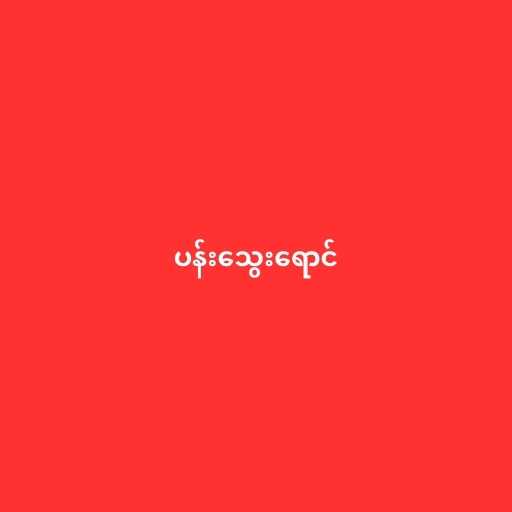
ပန်းသွေးရောင်